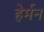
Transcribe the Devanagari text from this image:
हेर्मन